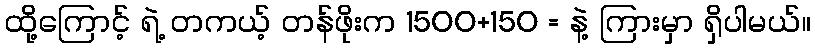
ထို့ကြောင့် ရဲ့ တကယ့် တန်ဖိုးက 1500+150 = နဲ့ ကြားမှာ ရှိပါမယ်။